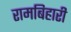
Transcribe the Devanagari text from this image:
रामबिहारी